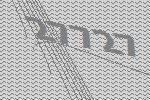
27727